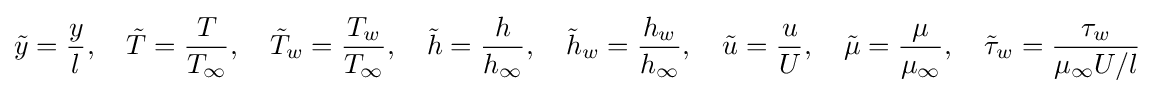
{\tilde {y}}={\frac {y}{l}},\quad {\tilde {T}}={\frac {T}{T_{\infty }}},\quad {\tilde {T}}_{w}={\frac {T_{w}}{T_{\infty }}},\quad {\tilde {h}}={\frac {h}{h_{\infty }}},\quad {\tilde {h}}_{w}={\frac {h_{w}}{h_{\infty }}},\quad {\tilde {u}}={\frac {u}{U}},\quad {\tilde {\mu }}={\frac {\mu }{\mu _{\infty }}},\quad {\tilde {\tau }}_{w}={\frac {\tau _{w}}{\mu _{\infty }U/l}}